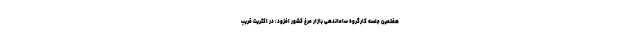
هفتمین جلسه کارگروه ساماندهی بازار مرغ کشور افزود: در اکثریت قریب